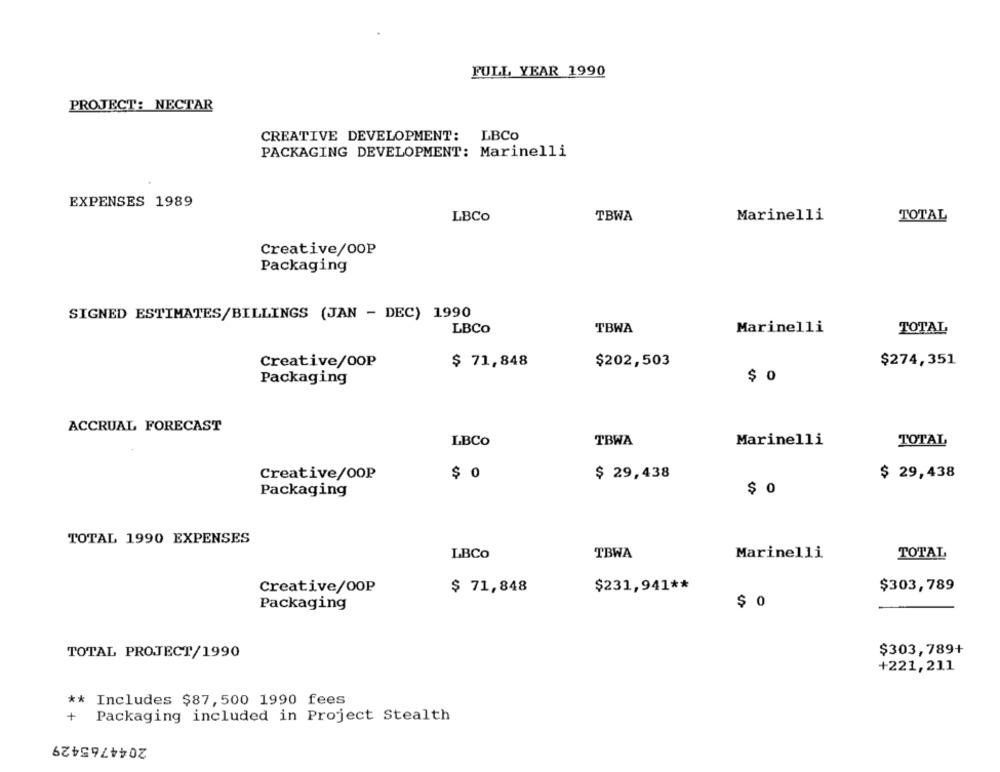
FULL YEAR 1990
PROJECT: NECTAR
CREATIVE DEVELOPMENT: LBCo
PACKAGING DEVELOPMENT: Marinelli
EXPENSES 1989
LBCO
TBWA
Marinelli
TOTAL
Creative/OOP
Packaging
SIGNED ESTIMATES/BILLINGS (JAN - DEC) 1990
LBCO
TBWA
Marinelli
TOTAL
Creative/OOP
$ 71,848
$202,503
$274,351
$ 0
Packaging
ACCRUAL FORECAST
TBWA
LBCO
Marinelli
TOTAL
Creative/OOP
$ 0
$ 29,438
$ 29,438
Packaging
$ 0
TOTAL 1990 EXPENSES
LBCo
TBWA
Marinelli
TOTAL
$231,941 **
$303,789
Creative/OOP
$ 71,848
$ 0
Packaging
TOTAL PROJECT/1990
$303,789+
+221,211
* Includes $87,500 1990 fees
+
Packaging included in Project Stealth
2044765429